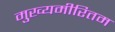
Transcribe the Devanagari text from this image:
मुख्यमीरितम